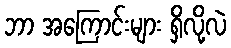
ဘာ အကြောင်းများ ရှိလို့လဲ